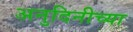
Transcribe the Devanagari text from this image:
अनुदिनीच्या